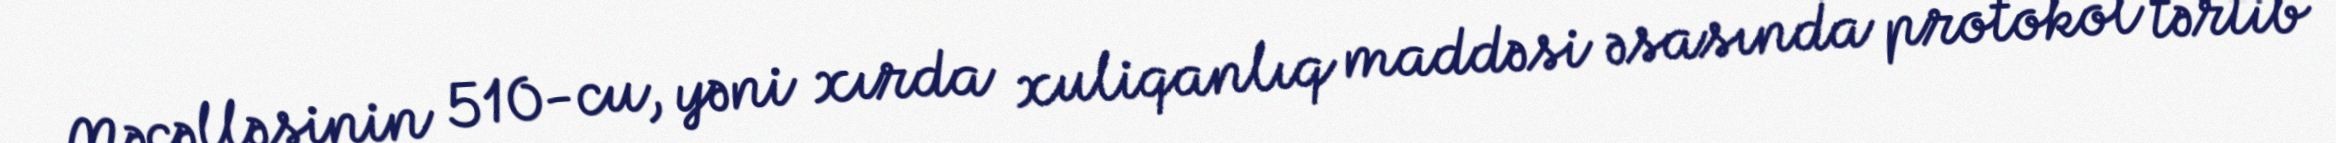
Məcəlləsinin 510-cu, yəni xırda xuliqanlıq maddəsi əsasında protokol tərtib